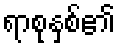
ရာစုနှစ်၏